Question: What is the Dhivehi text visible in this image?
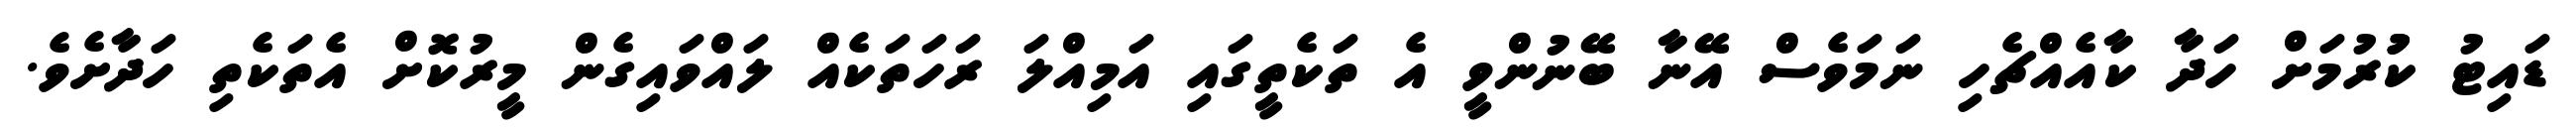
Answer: ޑައިޓު ކުުރުމަށް ހަދާ ކާއެއްޗެހި ނަމަވެސް އޭނާ ބޭނުންވީ އެ ތަކެތީގައި އަމިއްލަ ރަހަތަކެއް ލައްވައިގެން މީރުކޮށް އެތަކެތި ހަދާށެވެ.